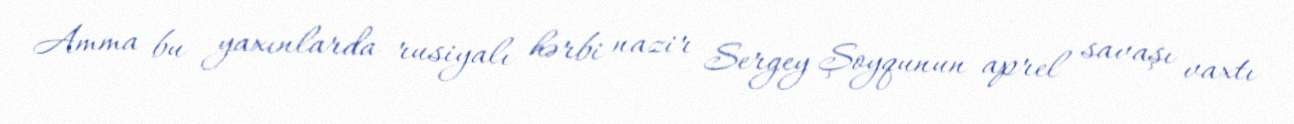
Amma bu yaxınlarda rusiyalı hərbi nazir Sergey Şoyqunun aprel savaşı vaxtı